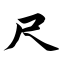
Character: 尺